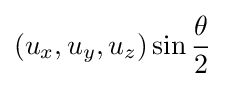
(u_{x},u_{y},u_{z})\sin {\frac {\theta }{2}}